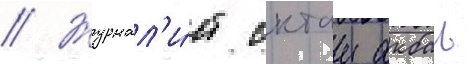
// Журнал'и́ст октаи акбал